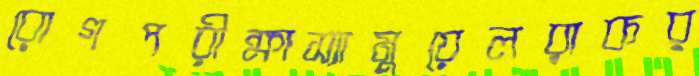
রোগপরীক্ষাস্যামুয়েলরাকর্